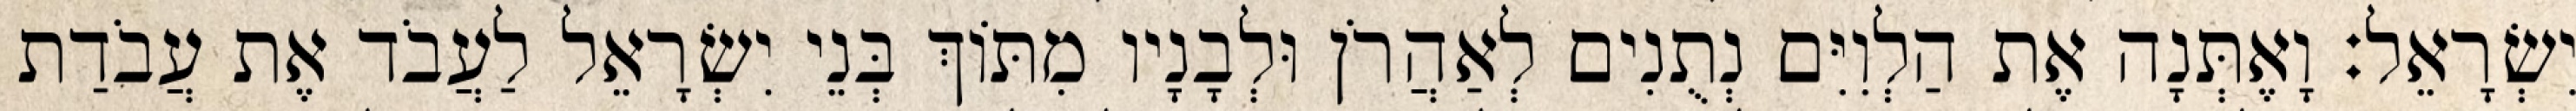
יִשְׂרָאֵל׃ וָאֶתְּנָה אֶת הַלְוִיִּם נְתֻנִים לְאַהֲרֹן וּלְבָנָיו מִתּוֹךְ בְּנֵי יִשְׂרָאֵל לַעֲבֹד אֶת עֲבֹדַת